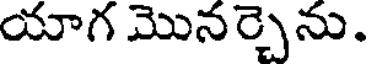
యాగ మొనర్చెను.